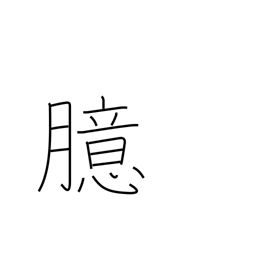
Meaning: mind